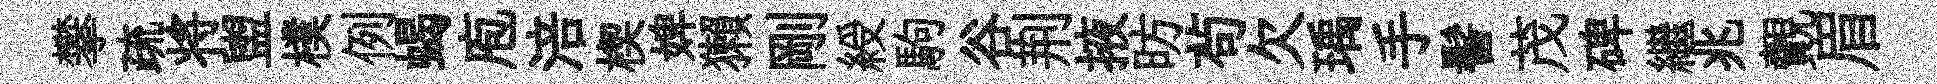
攀疏将盥樸例蝎庖涪楔婢獺剛綬駒谷荆掖昉茍欠瑀手髻茂碑繼兆覿眉